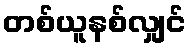
တစ်ယူနစ်လျှင်